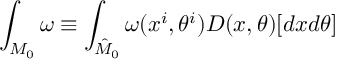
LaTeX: \int _ { { \cal M } _ { 0 } } \omega \equiv \int _ { \hat { \cal M } _ { 0 } } \omega ( x ^ { i } , \theta ^ { i } ) D ( x , \theta ) [ d x d \theta ]